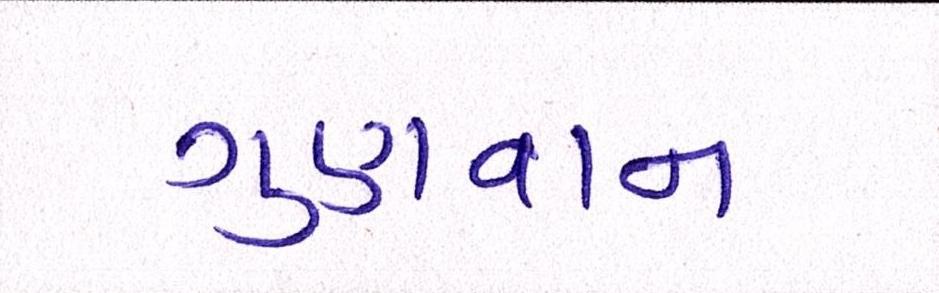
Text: ગુણગાન